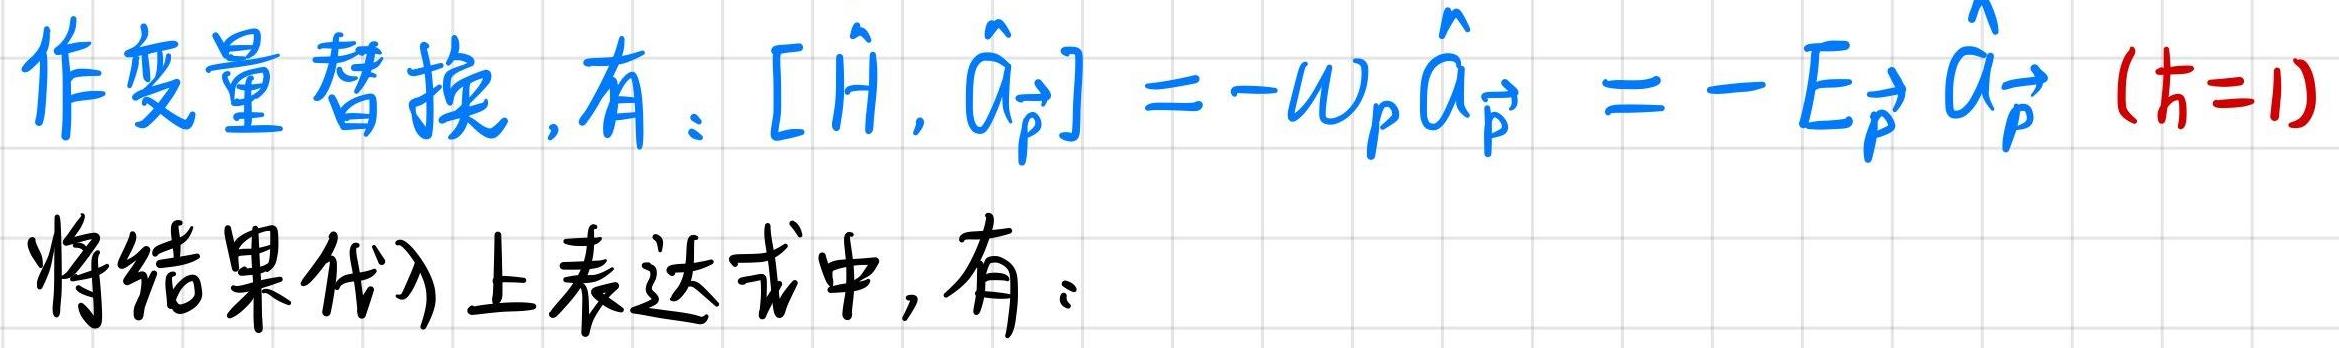
作变量替换, 有: $[\hat{H}, \hat{a}_{\vec{p}}]=-\omega_{p} \hat{a}_{\vec{p}}=-E_{\vec{p}} \hat{a}_{\vec{p}} \ (\hbar = 1)$

将结果代入上表达式中, 有: